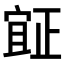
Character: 𣦍